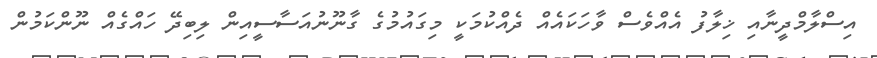
އިސްލާމްދީނާއި ޚިލާފު އެއްވެސް ވާހަކައެއް ދެއްކުމަކީ މިގައުމުގެ ގާނޫނުއަސާސީއިން ލިބިދޭ ހައްގެއް ނޫންކަމުން